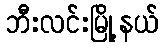
ဘီးလင်းမြို့နယ်